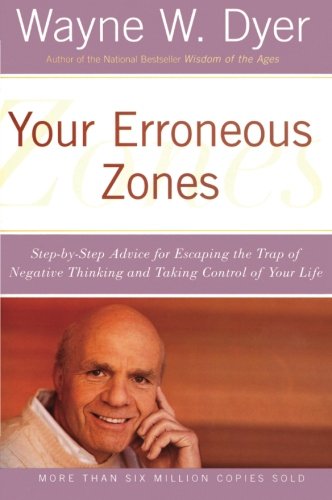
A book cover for Your Erroneous Zones: Step-by-Step Advice for Escaping the Trap of Negative Thinking and Taking Control of Your Life; Wayne W. Dyer; Self-Help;